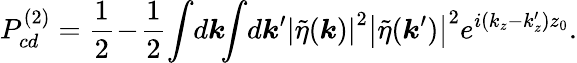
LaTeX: P_{cd}^{(2)}=\frac{1}{2}\! -\! \frac{1}{2}\! \int\! d\boldsymbol{k}\! \! \int\! d\boldsymbol{k}^{\prime}\left|\tilde{\eta}(\boldsymbol{k})\right|^{2}\left|\tilde{\eta}(\boldsymbol{k}^{\prime})\right|^{2}e^{i(k_{z}-k_{z}^{\prime})z_{0}}.